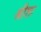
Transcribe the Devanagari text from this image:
श्रीशः